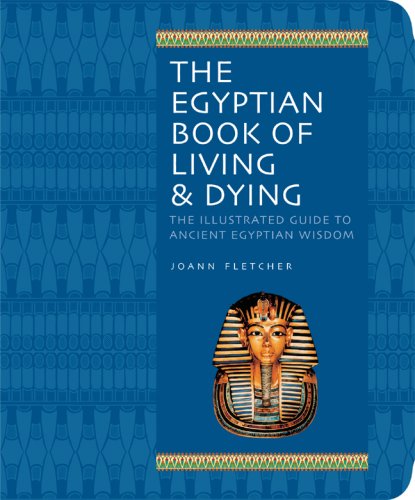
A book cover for The Egyptian Book of Living & Dying: The Illustrated Guide to Ancient Egyptian Wisdom; Joann Fletcher; Religion & Spirituality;